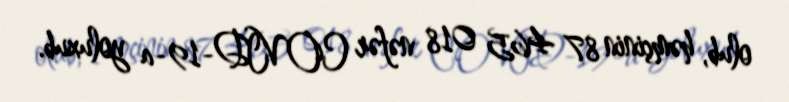
olub, həmçinin 87 465 018 nəfər COVID-19-a yoluxub.